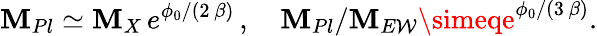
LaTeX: \mathbf{M}_{Pl}\simeq\mathbf{M}_{X}\, e^{\phi_{0}/(2\, \beta)}\, ,\quad\mathbf{M}_{Pl}/\mathbf{M}_{E\mathcal{W}}\simeqe^{\phi_{0}/(3\, \beta)}.